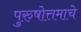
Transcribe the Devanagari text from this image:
पुरुषोत्तमाचे